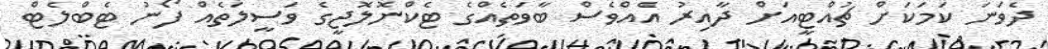
ދެވަނަ ކަމަކަށް ޗުއްޓީއަށް ދާއިރު އެއްވެސް ބާވަތެއްގެ ޓެކްނޮލޮޖީގެ ވަސީލަތެއް ފޯނު ޓެބްލެޓް